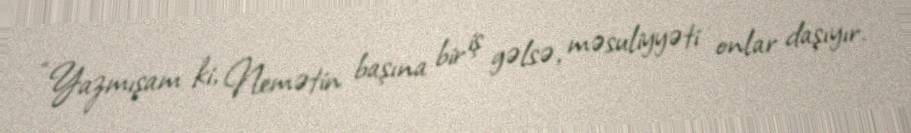
“Yazmışam ki, Nemətin başına bir iş gəlsə, məsuliyyəti onlar daşıyır.